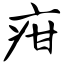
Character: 疳